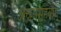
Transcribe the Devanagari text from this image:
अच्छासहयोग